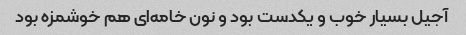
آجیل بسیار خوب و یکدست بود و نون خامه‌ای هم خوشمزه بود